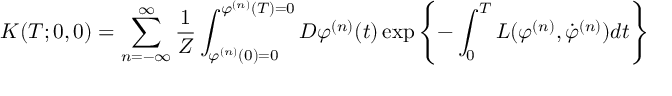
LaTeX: K ( T ; 0 , 0 ) = \sum _ { n = - \infty } ^ { \infty } \frac { 1 } { Z } \int _ { \varphi ^ { ( n ) } ( 0 ) = 0 } ^ { \varphi ^ { ( n ) } ( T ) = 0 } { \cal D } \varphi ^ { ( n ) } ( t ) \exp \left\{ - \int _ { 0 } ^ { T } L ( \varphi ^ { ( n ) } , \dot { \varphi } ^ { ( n ) } ) d t \right\}